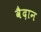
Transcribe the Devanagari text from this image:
वैदान